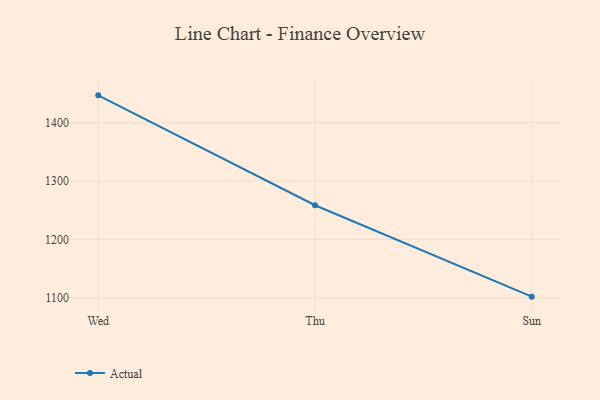
{"axis": {"x": "Day", "y": "LTV (USD)"}, "legend": ["Actual"], "data": [{"x": "Wed", "y": 1446.8, "type": "Actual"}, {"x": "Thu", "y": 1258.6, "type": "Actual"}, {"x": "Sun", "y": 1102.0, "type": "Actual"}]}